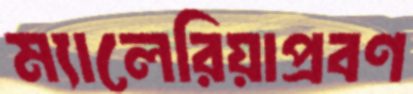
ম্যালেরিয়াপ্রবণ